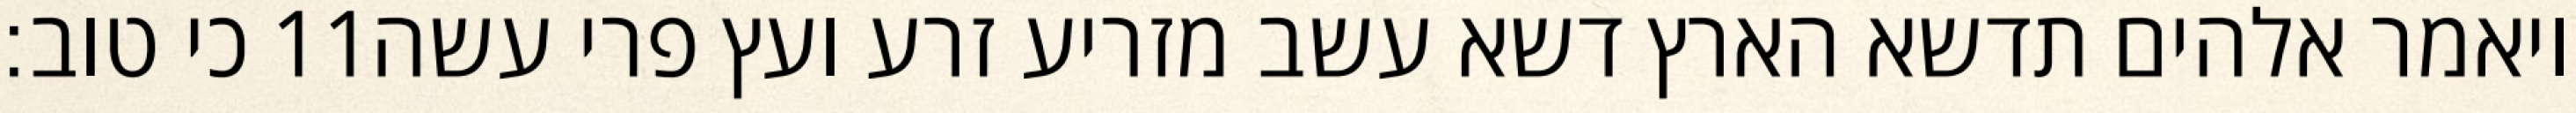
כי טוב׃ ‎11‏ ויאמר אלהים תדשא הארץ דשא עשב מזריע זרע ועץ פרי עשה